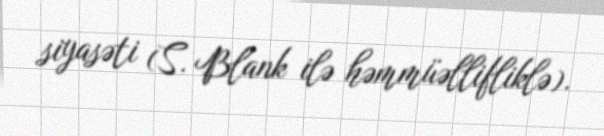
siyasəti (S. Blank ilə həmmüəllifliklə).